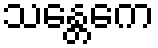
သန္တေကေ